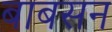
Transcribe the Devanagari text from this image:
बाबसन